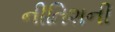
નીતિશની